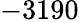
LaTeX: -3190